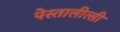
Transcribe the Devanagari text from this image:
पेस्तालीत्सी